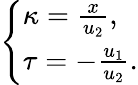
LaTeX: \left\{ \begin{array}{ll}{\kappa=\frac{x}{u_{2}},}\\ {\tau=-\frac{u_{1}}{u_{2}}.}\end{array}\right.